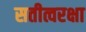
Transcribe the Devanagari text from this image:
सतीत्वरक्षा